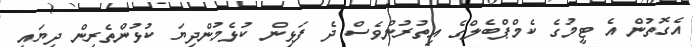
އެގޮތުން އެ ޓީމުގެ ކެމްޕްބެލްގެ އިތުރުންވެސް ދެ ފަޅިން ކުޅެމުންދިޔަ ކުޅުންތެރިން ދިޔައީ